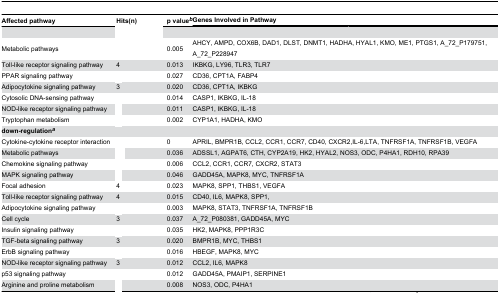
<table><thead><tr><td><b>Affected pathway</b></td><td><b>Hits(n)</b></td><td><b>p value<sup><i>b</i></sup></b></td><td colspan="2"><b>Genes Involved in Pathway</b></td></tr></thead><tbody><tr><td>[EMPTY_CELL]</td><td>[EMPTY_CELL]</td><td>[EMPTY_CELL]</td><td>[EMPTY_CELL]</td><td>[EMPTY_CELL]</td></tr><tr><td>Metabolic pathways </td><td>[EMPTY_CELL]</td><td>0.005</td><td colspan="2">AHCY, AMPD, COX6B, DAD1, DLST, DNMT1, HADHA, HYAL1, KMO, ME1, PTGS1, A_72_P179751, A_72_P228947</td></tr><tr><td>Toll-like receptor signaling pathway </td><td>4</td><td>0.013</td><td colspan="2">IKBKG, LY96, TLR3, TLR7</td></tr><tr><td>PPAR signaling pathway </td><td>[EMPTY_CELL]</td><td>0.027</td><td colspan="2">CD36, CPT1A, FABP4</td></tr><tr><td>Adipocytokine signaling pathway</td><td>3</td><td>0.020</td><td colspan="2">CD36, CPT1A, IKBKG</td></tr><tr><td>Cytosolic DNA-sensing pathway </td><td>[EMPTY_CELL]</td><td>0.014</td><td colspan="2">CASP1, IKBKG, IL-18</td></tr><tr><td>NOD-like receptor signaling pathway</td><td>[EMPTY_CELL]</td><td>0.011</td><td colspan="2">CASP1, IKBKG, IL-18</td></tr><tr><td>Tryptophan metabolism</td><td>[EMPTY_CELL]</td><td>0.002</td><td colspan="2">CYP1A1, HADHA, KMO</td></tr><tr><td><b>down-regulation<sup><i>a</i></sup></b></td><td>[EMPTY_CELL]</td><td>[EMPTY_CELL]</td><td colspan="2">[EMPTY_CELL]</td></tr><tr><td>Cytokine-cytokine receptor interaction </td><td>[EMPTY_CELL]</td><td>0</td><td colspan="2">APRIL, BMPR1B, CCL2, CCR1, CCR7, CD40, CXCR2,IL-6,LTA, TNFRSF1A, TNFRSF1B, VEGFA</td></tr><tr><td>Metabolic pathways </td><td>[EMPTY_CELL]</td><td>0.036</td><td colspan="2">ADSSL1, AGPAT6, CTH, CYP2A19, HK2, HYAL2, NOS3, ODC, P4HA1, RDH10, RPA39</td></tr><tr><td>Chemokine signaling pathway </td><td>[EMPTY_CELL]</td><td>0.006</td><td colspan="2">CCL2, CCR1, CCR7, CXCR2, STAT3</td></tr><tr><td>MAPK signaling pathway </td><td>[EMPTY_CELL]</td><td>0.046</td><td colspan="2">GADD45A, MAPK8, MYC, TNFRSF1A</td></tr><tr><td>Focal adhesion </td><td>4</td><td>0.023</td><td colspan="2">MAPK8, SPP1, THBS1, VEGFA</td></tr><tr><td>Toll-like receptor signaling pathway </td><td>4</td><td>0.015</td><td colspan="2">CD40, IL6, MAPK8, SPP1,</td></tr><tr><td>Adipocytokine signaling pathway </td><td>[EMPTY_CELL]</td><td>0.003</td><td colspan="2">MAPK8, STAT3, TNFRSF1A, TNFRSF1B</td></tr><tr><td>Cell cycle </td><td>3</td><td>0.037</td><td colspan="2">A_72_P080381, GADD45A, MYC</td></tr><tr><td>Insulin signaling pathway </td><td>[EMPTY_CELL]</td><td>0.035</td><td colspan="2">HK2, MAPK8, PPP1R3C</td></tr><tr><td>TGF-beta signaling pathway </td><td>3</td><td>0.020</td><td colspan="2">BMPR1B, MYC, THBS1</td></tr><tr><td>ErbB signaling pathway </td><td>[EMPTY_CELL]</td><td>0.016</td><td colspan="2">HBEGF, MAPK8, MYC</td></tr><tr><td>NOD-like receptor signaling pathway </td><td>3</td><td>0.012</td><td colspan="2">CCL2, IL6, MAPK8</td></tr><tr><td>p53 signaling pathway </td><td>[EMPTY_CELL]</td><td>0.012</td><td colspan="2">GADD45A, PMAIP1, SERPINE1</td></tr><tr><td>Arginine and proline metabolism </td><td>[EMPTY_CELL]</td><td>0.008</td><td colspan="2">NOS3, ODC, P4HA1</td></tr></tbody></table>